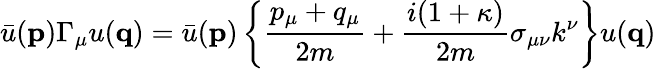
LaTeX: \bar{u}({\mathbf p})\Gamma_{\mu}u({\mathbf q})=\bar{u}({\mathbf p})\left\{ \frac{p_{\mu}+q_{\mu}}{2m}+\frac{i(1+\kappa)}{2m}\sigma_{\mu\nu}k^{\nu}\right\} u({\mathbf q})